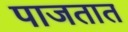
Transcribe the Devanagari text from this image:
पाजतात